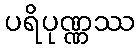
ပရိပုဏ္ဏဿ